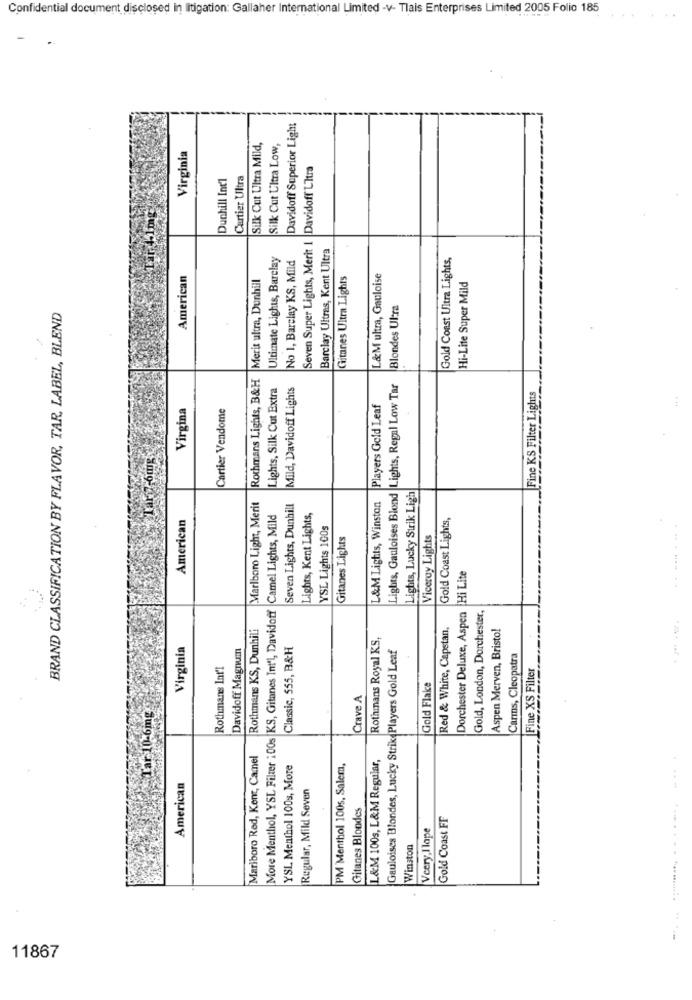
Confidential document disclosed in litigation: Gallaher International Limited -v- Tlais Enterprises Limited 2005 Folio 185
Davidoff Superior Light
Silk Cut Ultra Mild,
Silk Cut Ultra Low,
Virginia
Seven Super Lights, Merit 1 |Davidoff L'Itra
Dunhill Int'l
Cartier Ultra
Ultimate Lights, Barclay
No 1, Barclay KS, Mild
Barclay Ultras, Kent Ultra
Gold Coast Ultra Lights,
American
Merit ultra, Dunhill
Gitanes Ultra Lights
L&M ultra, Gauloise
Hi-Lite Super Mild
Blondes Ul-ra
BRAND CLASSIFICATION BY FLAVOR, TAR, LABEL, BLEND
Rothmans Lights, B&H
Lights, Silk Cut Extra
Mild, Davidoff Lights
Lights, Gauloises Blond |Lights, Regal Low Tar
Fine KS Filter Lights
Virgina
Cartier Vendome
Players Gold Leaf
Tar 7-6mg
Lights, Lucky Strik Ligh
Marlboro Light, Merit
Seven Lights, Dunhill
L&M Lights, Winston
American
More Menthol, YSL Filter 100s KS, Gitanes Int'l, Davidoff |Camel Lights, Mild
Lights, Kent Lights,
Gold Coast Lights,
YSL Lights 100s
Gitanes Lights
Viceroy Lights
Dorchester Deluxe, Aspen Hi Lite
Gold, London, Dorchester,
Rothmans KS, Dunhili
Red & White, Capstan,
Aspen Merven, Bristol
Rothmans Royal KS,
Virginia
Davidoff Magnum
Classic, 555, B&H
Gauloises Blondes, Lucky Strike Players Gold Leaf
Carms, Cleopatra
Rothmans Int'l
|Fine XS Filter
Gold Flaks
Crave A
Tar 10-6mg
Marlboro Red, Kent, Camel
YSL Menthol 100s, More
PM Menthol 100s, Salem,
L&M 100s, L&M Regular,
American
Regular, Mild Seven
Gitanes Blondes
Gold Coast FF
Vcery,Ilape
Winston
11867